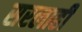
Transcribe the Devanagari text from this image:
सरलाही